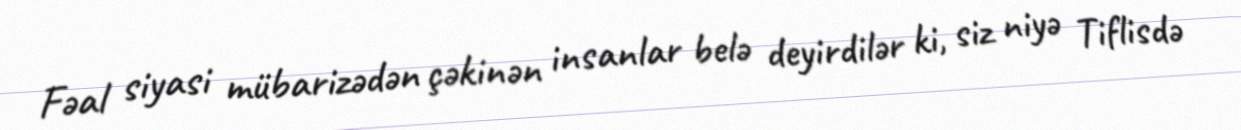
Fəal siyasi mübarizədən çəkinən insanlar belə deyirdilər ki, siz niyə Tiflisdə